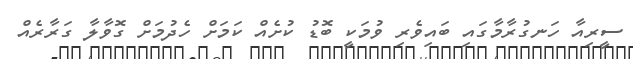
ސީރިއާ ހަނގުރާމާގައި ބައިވެރި ވުމަކީ ބޮޑު ކުށެއް ކަމަށް ހެދުމަށް ގޮވާލާ ގަރާރެއް